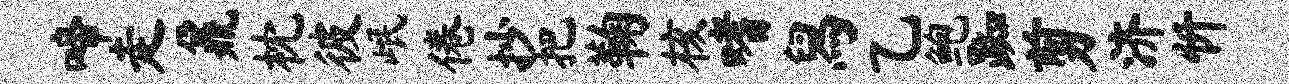
啼走鼐枕彼岷倦抄把鞠核嗜舄乙鲍踟剪济忻